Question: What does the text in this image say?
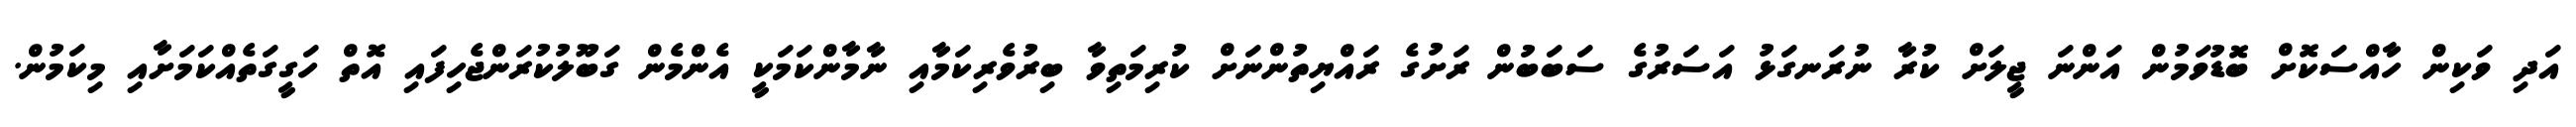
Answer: އަދި ވަކިން ހާއްސަކޮށް ބޮޑުވަމުން އަންނަ ޖީލަށް ކުރާ ނުރަނގަޅު އަސަރުގެ ސަބަބުން ރަށުގެ ރައްޔިތުންނަށް ކުރިމަތިވާ ބިރުވެރިކަމާއި ނާމާންކަމަކީ އެންމެން ގަބޫލުކުރަންޖެހިފައި އޮތް ހަގީގަތެއްކަމަށާއި މިކަމުން.